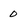
Character: 0